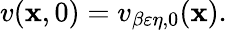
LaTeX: v(\mathbf{x},0)=v_{\beta\varepsilon\eta,0}(\mathbf{x}).